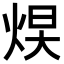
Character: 𪸮